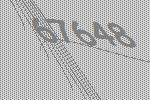
67648